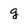
Character: g